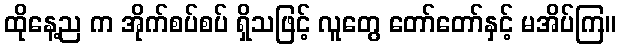
ထိုနေ့ည က အိုက်စပ်စပ် ရှိသဖြင့် လူတွေ တော်တော်နှင့် မအိပ်ကြ။